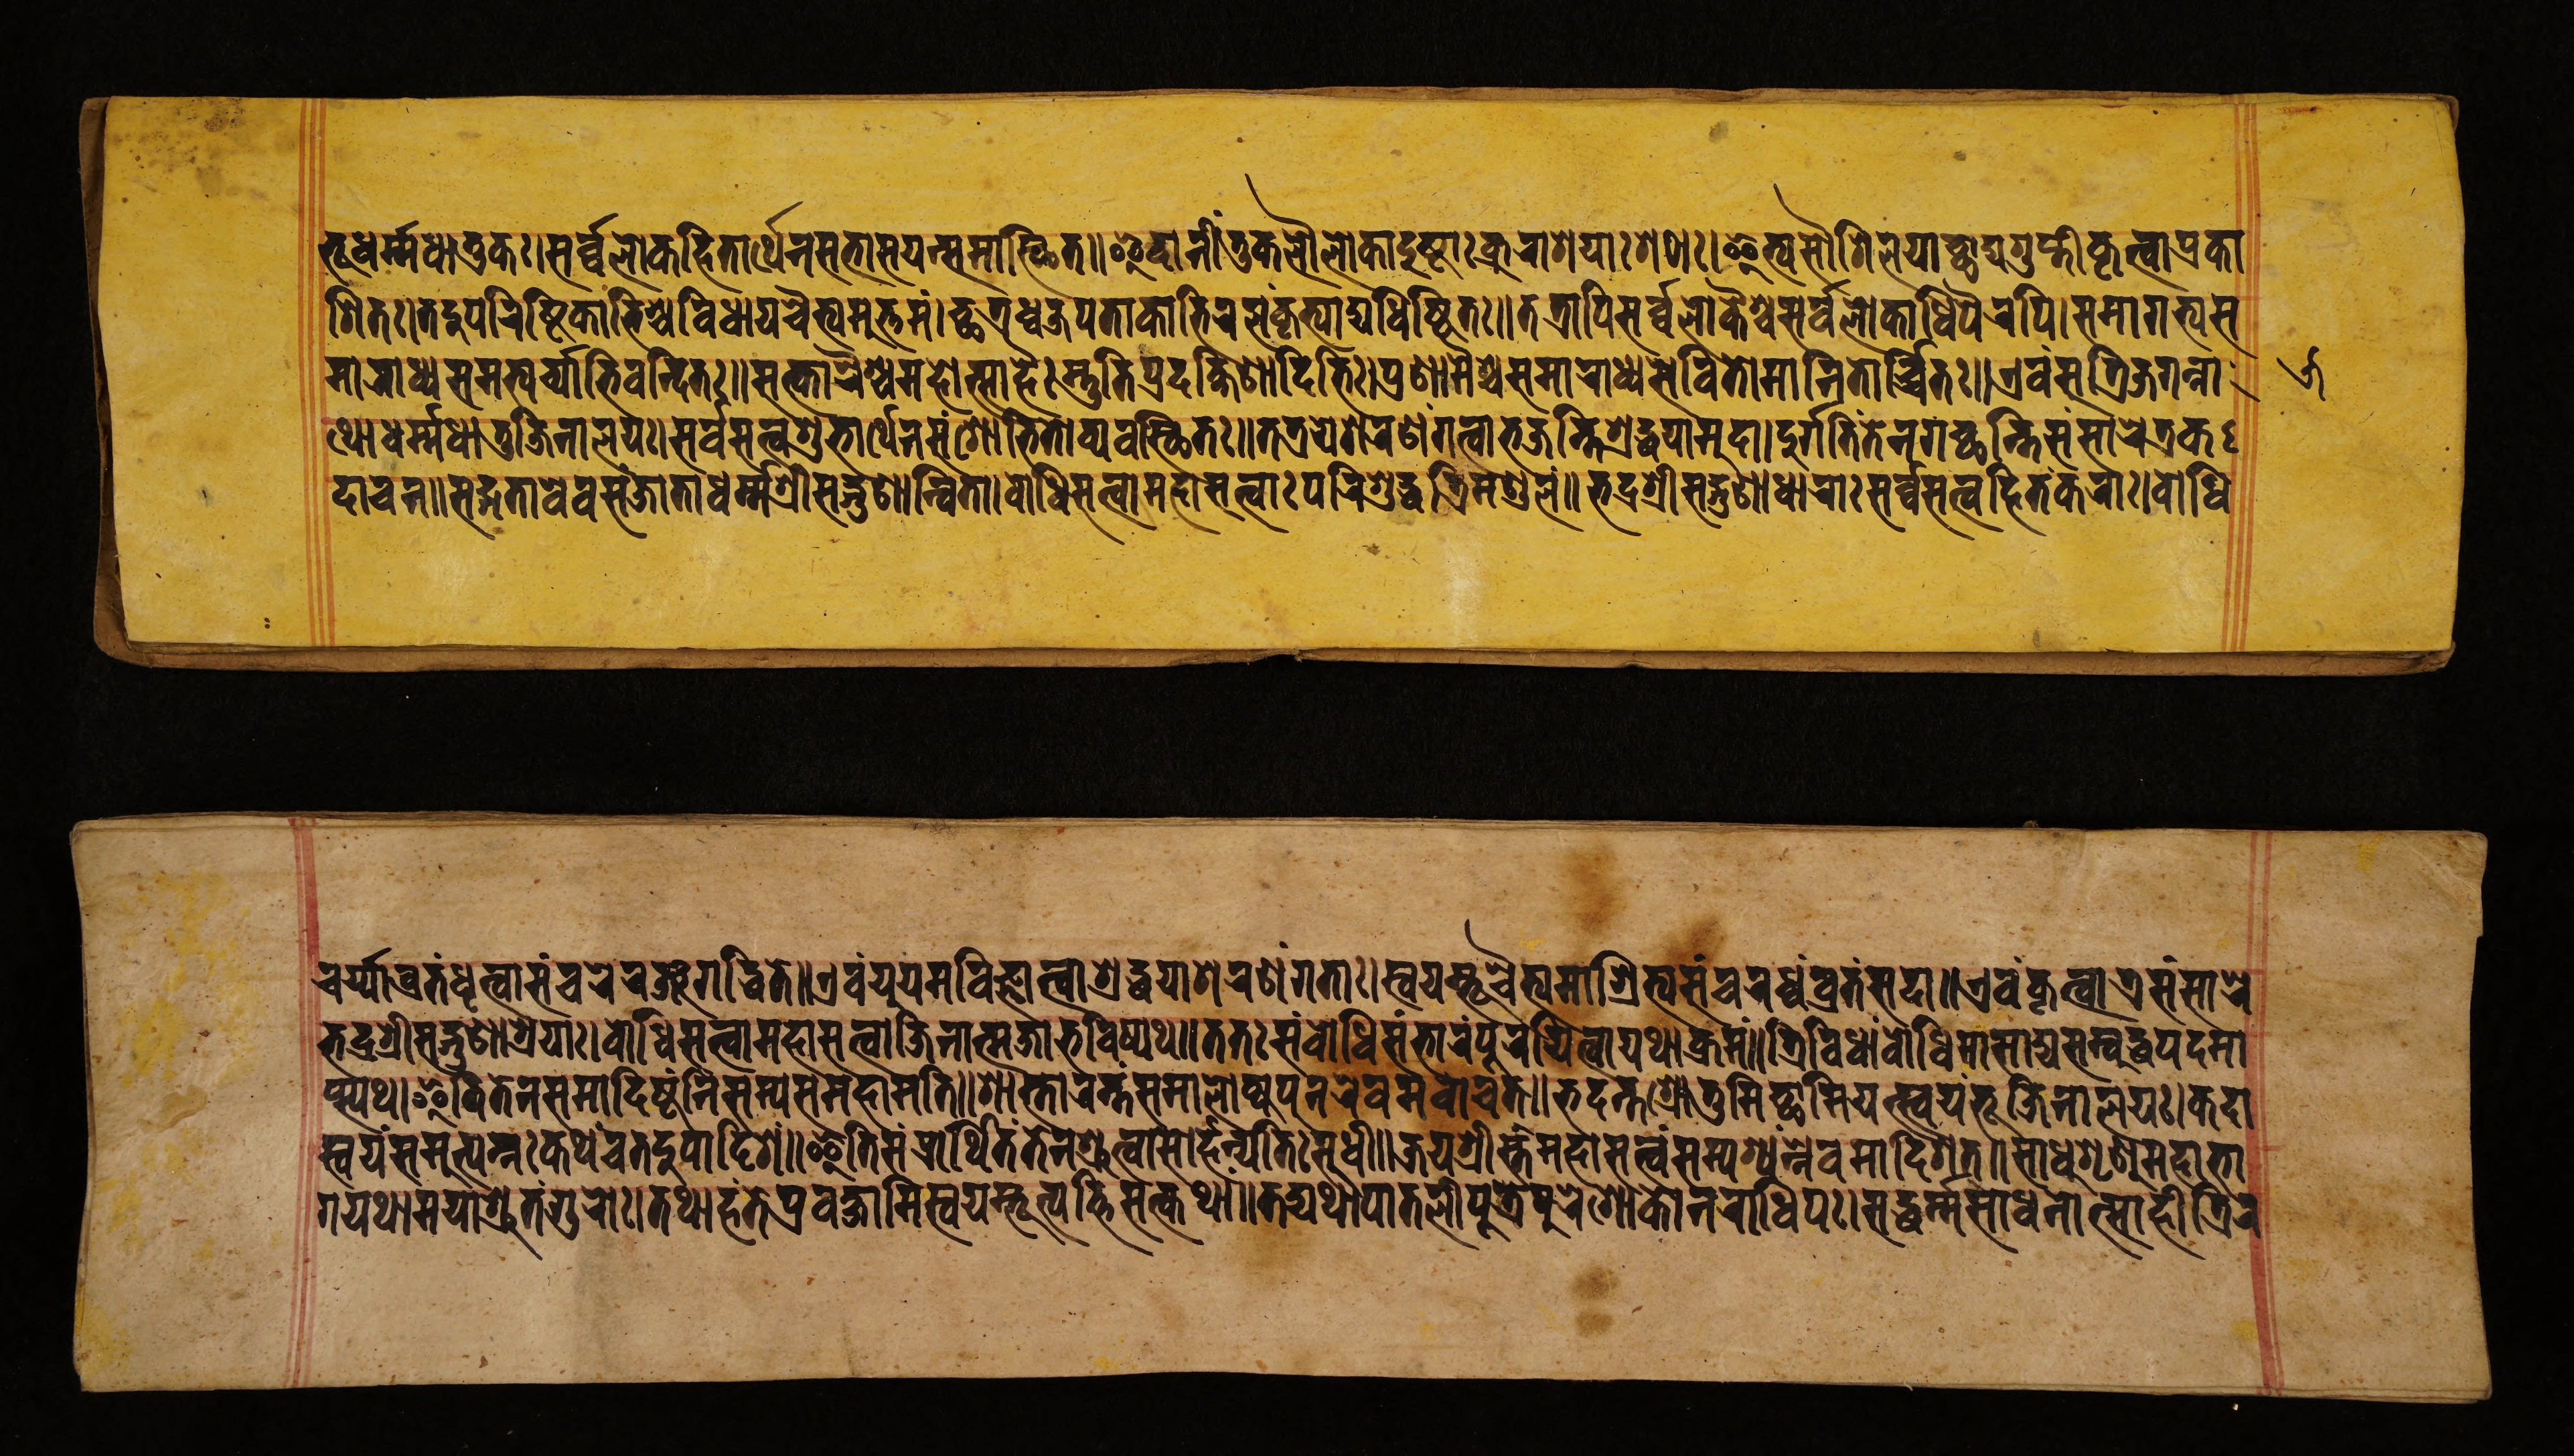
𑐨𑐹𑐢𑐬𑑂𑐩𑑂𑐩𑐢𑐵𑐟𑐸𑐎𑑅।𑐳𑐬𑑂𑐰𑑂𑐰𑐮𑑀𑐎𑐴𑐶𑐟𑐵𑐬𑑂𑐠𑐾𑐣𑐳𑐨𑐵𑐳𑐫𑐣𑑂𑐳𑐩𑐵𑐳𑑂𑐠𑐶𑐟॥𑐂𑐡𑐵𑐣𑐷𑑄𑐟𑐸𑐎𑐮𑑁𑐮𑑀𑐎𑐵𑐡𑐸𑐲𑑂𑐚𑐵𑑅𑐎𑑂𑐬𑐸𑐬𑐵𑐱𑐫𑐵𑑅𑐱𑐛𑐵𑑅।𑐂𑐟𑑂𑐫𑐳𑑁𑐱𑐶𑐮𑐫𑐵𑐕𑐵𑐡𑑂𑐫𑐐𑐸𑐥𑑂𑐟𑐷𑐎𑐺𑐟𑑂𑐰𑐵𑐥𑑂𑐬𑐎𑐵 𑐱𑐶𑐟𑑅।𑐟𑐡𑐸𑐥𑐬𑐶𑐲𑑂𑐚𑐶𑐎𑐵𑐨𑐶𑐱𑑂𑐔𑐰𑐶𑐢𑐵𑐫𑐔𑐿𑐟𑑂𑐫𑐩𑐸𑐟𑑂𑐟𑐩𑑄।𑐕𑐟𑑂𑐬𑐢𑑂𑐰𑐖𑐥𑐟𑐵𑐎𑐵𑐨𑐶𑐬𑐮𑑄𑐎𑐺𑐟𑑂𑐫𑐵𑐡𑑂𑐫𑐢𑐶𑐲𑑂𑐛𑐶𑐟𑑅॥𑐟𑐟𑑂𑐬𑐵𑐥𑐶𑐳𑐬𑑂𑐰𑑂𑐰𑐮𑑀𑐎𑐿𑐱𑑂𑐔𑐳𑐬𑑂𑐰𑐮𑑀𑐎𑐵𑐢𑐶𑐥𑐿𑐬𑐥𑐶।𑐳𑐩𑐵𑐐𑐟𑑂𑐫𑐳 𑐩𑐵𑐬𑐵𑐢𑑂𑐫𑐳𑐩𑐨𑑂𑐫𑐬𑑂𑐔𑑂𑐫𑐵𑐨𑐶𑐰𑐣𑑂𑐡𑐶𑐟𑑅॥𑐳𑐟𑑂𑐎𑐵𑐬𑐿𑐱𑑂𑐔𑐩𑐴𑑀𑐟𑑂𑐳𑐵𑐴𑐿𑑅𑐳𑑂𑐟𑐸𑐟𑐶𑐥𑑂𑐬𑐡𑐎𑑂𑐲𑐶𑐞𑐵𑐡𑐶𑐨𑐶𑑅।𑐥𑑂𑐬𑐞𑐵𑐩𑐿𑐱𑑂𑐔𑐳𑐩𑐵𑐬𑐵𑐢𑑂𑐫𑐳𑐾𑐰𑐶𑐟𑑀𑐩𑐵𑐣𑐶𑐟𑑀𑐬𑑂𑐔𑑂𑐔𑐶𑐟𑑅॥𑐊𑐰𑑄𑐳𑐟𑑂𑐬𑐶𑐖𑐐𑐣𑑂𑐣𑐵 𑐠𑑀𑐢𑐬𑑂𑐩𑑂𑐩𑐢𑐵𑐟𑐸𑐖𑐶𑐣𑐵𑐮𑐫𑑅।𑐳𑐬𑑂𑐰𑐳𑐟𑑂𑐰𑐱𑐸𑐨𑐵𑐬𑑂𑐠𑐾𑐣𑐳𑑄𑐱𑑀𑐨𑐶𑐟𑑀𑐰𑑂𑐫𑐰𑐳𑑂𑐠𑐶𑐟𑑅॥𑐟𑐟𑑂𑐬𑐫𑐾𑐱𑐬𑐞𑑄𑐐𑐟𑑂𑐰𑐵𑐨𑐖𑐣𑑂𑐟𑐶𑐱𑑂𑐬𑐡𑑂𑐢𑐫𑐵𑐩𑐸𑐡𑐵।𑐡𑐸𑐬𑑂𑐐𑐟𑐶𑑄𑐟𑐾𑐣𑐐𑐔𑑂𑐕𑐣𑑂𑐟𑐶𑐳𑑄𑐳𑐵𑐬𑐾𑐟𑑂𑐬𑐎 𑐡𑐵𑐔𑐣॥𑐳𑐡𑑂𑐐𑐟𑐵𑐰𑐾𑐰𑐳𑑄𑐖𑐵𑐟𑐵𑐢𑐬𑑂𑐩𑑂𑐩𑐱𑑂𑐬𑐷𑐳𑐡𑑂𑐐𑐸𑐞𑐵𑐣𑑂𑐰𑐶𑐟𑐵।𑐧𑑀𑐢𑐶𑐳𑐟𑑂𑐰𑐵𑐩𑐴𑐵𑐳𑐟𑑂𑐰𑐵𑑅𑐥𑐬𑐶𑐱𑐸𑐡𑑂𑐢𑐟𑑂𑐬𑐶𑐩𑐞𑑂𑐜𑐮𑑄॥𑐨𑐡𑑂𑐬𑐱𑑂𑐬𑐷𑐳𑐡𑑂𑐐𑐸𑐞𑐵𑐢𑐵𑐬𑐵𑑅𑐳𑐬𑑂𑐰𑑂𑐰𑐳𑐟𑑂𑐰𑐴𑐶𑐟𑑄𑐎𑐬𑐵𑑅।𑐧𑑀𑐢𑐶 𑐔𑐬𑑂𑐫𑑂𑐫𑐵𑐰𑑂𑐬𑐟𑑄𑐢𑐺𑐟𑑂𑐰𑐵𑐳𑑄𑐔𑐬𑐾𑐬𑐘𑑂𑐖𑐐𑐡𑑂𑐢𑐶𑐟𑐾॥𑐊𑐰𑑄𑐫𑐸𑐫𑑄𑐩𑐰𑐶𑐖𑑂𑐘𑐵𑐟𑑂𑐰𑐵𑐱𑑂𑐬𑐡𑑂𑐢𑐫𑐵𑐱𑐬𑐞𑑄𑐐𑐟𑐵𑑅।𑐳𑑂𑐰𑐫𑐩𑑂𑐨𑐹𑐔𑐿𑐟𑑂𑐫𑐩𑐵𑐱𑑂𑐬𑐶𑐟𑑂𑐫𑐳𑑄𑐔𑐬𑐢𑑂𑐰𑑄𑐰𑑂𑐬𑐟𑑄𑐳𑐡𑐵॥𑐊𑐰𑑄𑐎𑐺𑐟𑑂𑐰𑐵𑐟𑑂𑐬𑐳𑑄𑐳𑐵𑐬𑐾 𑐨𑐡𑑂𑐬𑐱𑑂𑐬𑐷𑐳𑐡𑑂𑐐𑐸𑐞𑐵𑐱𑑂𑐬𑐫𑑅।𑐧𑑀𑐢𑐶𑐳𑐟𑑂𑐰𑐵𑐩𑐴𑐵𑐳𑐟𑑂𑐰𑐵𑐖𑐶𑐣𑐵𑐟𑑂𑐩𑐖𑐵𑐨𑐰𑐶𑐲𑑂𑐫𑐠॥𑐟𑐟𑑅𑐳𑑄𑐧𑑀𑐢𑐶𑐳𑑄𑐨𑐵𑐬𑑄𑐥𑐹𑐬𑐫𑐶𑐟𑑂𑐰𑐵𑐫𑐠𑐵𑐎𑑂𑐬𑐩𑑄॥𑐟𑑂𑐬𑐶𑐰𑐶𑐢𑐵𑑄𑐧𑑀𑐢𑐶𑐩𑐵𑐳𑐵𑐡𑑂𑐫𑐳𑐩𑑂𑐧𑐸𑐡𑑂𑐢𑐥𑐡𑐩𑐵 𑐥𑑂𑐳𑑂𑐫𑐠।𑐂𑐟𑐶𑐟𑐾𑐣𑐳𑐩𑐵𑐡𑐶𑐲𑑂𑐚𑑄𑐣𑐶𑐳𑐩𑑂𑐫𑐳𑐩𑐴𑐵𑐩𑐟𑐶॥𑐱𑐵𑐳𑑂𑐟𑐵𑐬𑐣𑑂𑐟𑑄𑐳𑐩𑐵𑐮𑑀𑐎𑑂𑐫𑐥𑐸𑐣𑐬𑐾𑐰𑐩𑐰𑑀𑐔𑐟𑑂॥𑐨𑐡𑐣𑑂𑐟𑐱𑑂𑐬𑑀𑐟𑐸𑐩𑐶𑐔𑑂𑐕𑐵𑐩𑐶𑐫𑐟𑑂𑐳𑑂𑐰𑐫𑑄𑐨𑐹𑐖𑐶𑐣𑐵𑐮𑐫𑑅।𑐎𑐡𑐵 𑐳𑑂𑐰𑐫𑑄𑐳𑐩𑐸𑐟𑑂𑐥𑐣𑑂𑐣𑑅𑐎𑐠𑑄𑐔𑐟𑐡𑐸𑐥𑐵𑐡𑐶𑐱𑑄॥𑐂𑐟𑐶𑐳𑑄𑐥𑑂𑐬𑐵𑐬𑑂𑐠𑐶𑐟𑑄𑐟𑐾𑐣𑐱𑑂𑐬𑐸𑐟𑑂𑐰𑐵𑐳𑑀𑐬𑑂𑐴𑐣𑑂𑐫𑐟𑐶𑑅𑐳𑐸𑐢𑐷॥𑐖𑐫𑐱𑑂𑐬𑐷𑐳𑑂𑐟𑑄𑐩𑐴𑐵𑐳𑐟𑑂𑐰𑑄𑐳𑐩𑑂𑐥𑐱𑑂𑐫𑑄𑐣𑑂𑐣𑐾𑐰𑐩𑐵𑐡𑐶𑐱𑐟𑑂॥𑐳𑐵𑐢𑐸𑐱𑐺𑐞𑐸𑐩𑐴𑐵𑐨𑐵 𑐐𑐫𑐠𑐵𑐩𑐫𑐵𑐱𑑂𑐬𑐸𑐟𑑄𑐐𑐸𑐬𑑀𑑅।𑐟𑐠𑐵𑐴𑑄𑐟𑐾𑐥𑑂𑐬𑐰𑐎𑑂𑐲𑐵𑐩𑐶𑐳𑑂𑐰𑐫𑐩𑑂𑐨𑐹𑐟𑑂𑐥𑐟𑑂𑐟𑐶𑐳𑐟𑑂𑐎𑐠𑐵𑑄॥𑐟𑐡𑑂𑐫𑐠𑐵𑐥𑐵𑐟𑐮𑐷𑐥𑐸𑐟𑑂𑐬𑐾𑐥𑐸𑐬𑐾𑐱𑑀𑐎𑑀𑐣𑐬𑐵𑐢𑐶𑐥𑑅।𑐳𑐡𑑂𑐢𑐬𑑂𑐩𑑂𑐩𑐳𑐵𑐢𑐣𑑀𑐟𑑂𑐳𑐵𑐴𑐷𑐟𑑂𑐬𑐶𑐬 𑑕